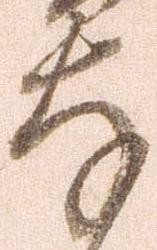
存